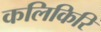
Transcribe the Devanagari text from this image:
कलिकिरि